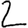
Digit: 2